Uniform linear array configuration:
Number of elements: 16
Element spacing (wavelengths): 1
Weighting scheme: uniform
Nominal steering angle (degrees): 15
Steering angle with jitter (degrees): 13.215
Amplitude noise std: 0.05
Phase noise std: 0.05

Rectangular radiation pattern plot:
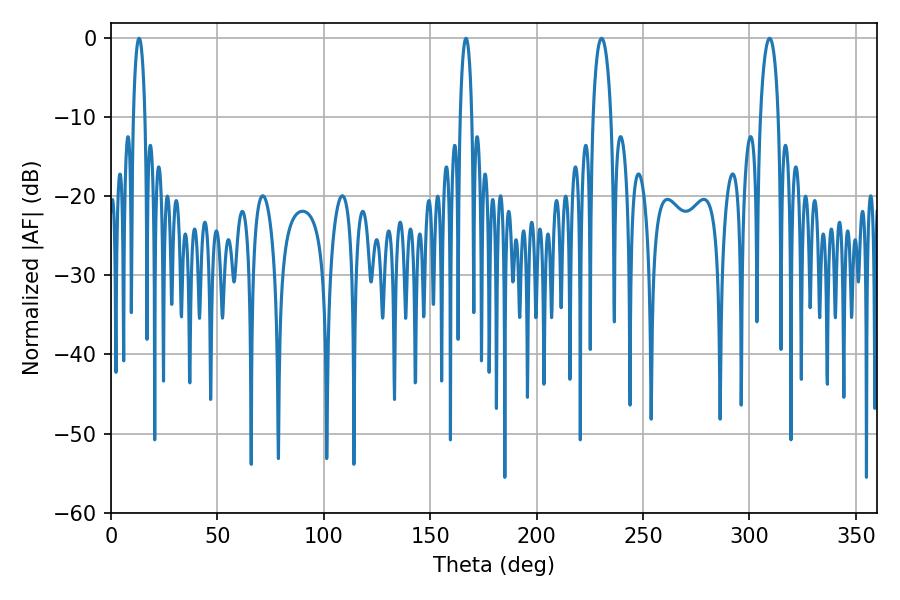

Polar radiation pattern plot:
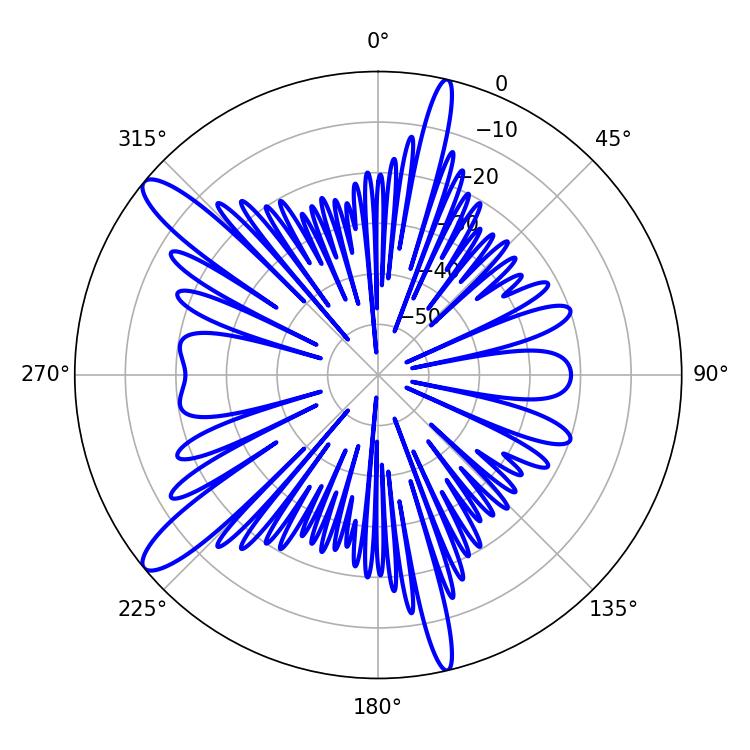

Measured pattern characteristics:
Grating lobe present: TRUE
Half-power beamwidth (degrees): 4.68
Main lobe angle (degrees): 230.58